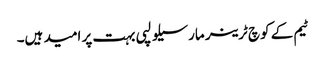
ٹیم کے کوچ ٹرینر مارسیلو لپی بہت پر امید ہیں۔